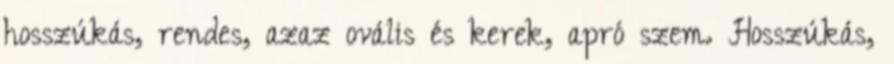
hosszúkás, rendes, azaz ovális és kerek, apró szem. Hosszúkás,